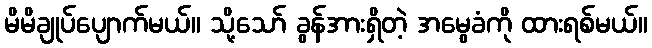
မိမိချုပ်ပျောက်မယ်။ သို့သော် ခွန်အားရှိတဲ့ အမွေခံကို ထားရစ်မယ်။